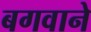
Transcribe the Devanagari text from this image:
बगवाने